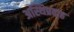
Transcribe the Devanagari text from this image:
अस्थिप्रवाह